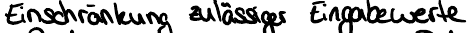
Einschränkung zulässiger Eingabewerte